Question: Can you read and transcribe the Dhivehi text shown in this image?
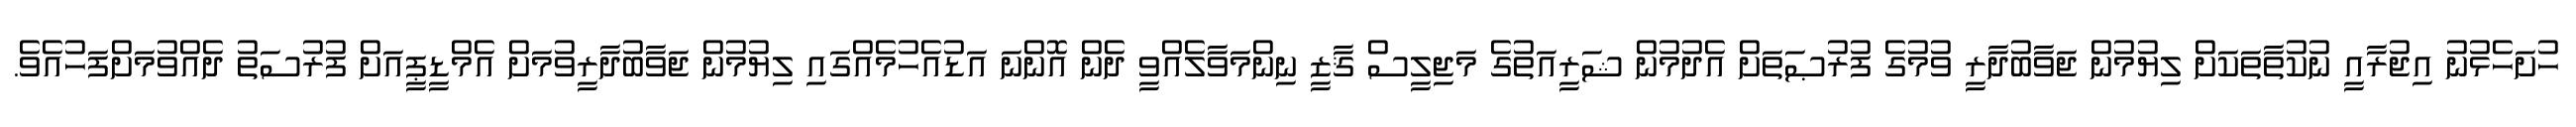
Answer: ހުށަހެޅުނު އިޖުރާއީ ނުކުތާތަކަށް ލިޔުމުން ޖަވާބުދާރީ ވުމުގެ ފުރުޞަތަށް އެދުމުން ޝަރީއަތުގެ މަޖިލީސް ޤާޒީ ނިންމަވާލެއްވީ ދެން އޮންނަ އަޑުއެހުމެއްގައި ލިޔުމުން ޖަވާބުދާރީވުމަށް އެމްޑީޕީއަށް ފުރުސަތު ދެއްވުމަށްފަހުއެވެ.